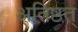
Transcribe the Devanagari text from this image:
अतिष्ठत्